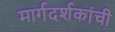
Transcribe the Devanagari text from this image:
मार्गदर्शकांची